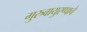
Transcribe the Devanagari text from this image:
गुरुवायुरप्पाचे